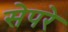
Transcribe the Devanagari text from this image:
सेपरे